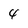
Character: 4